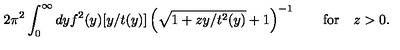
2 \pi ^ { 2 } \int _ { 0 } ^ { \infty } d y f ^ { 2 } ( y ) [ y / t ( y ) ] \left( \sqrt { 1 + z y / t ^ { 2 } ( y ) } + 1 \right) ^ { - 1 } \qquad \mathrm { f o r } \quad z > 0 .